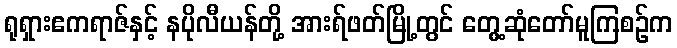
ရုရှားဧကရာဇ်နှင့် နပိုလီယန်တို့ အားရ်ဖတ်မြို့တွင် တွေ့ဆုံတော်မူကြစဉ်က